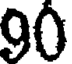
90